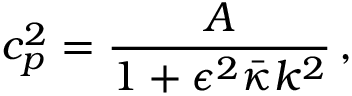
c _ { p } ^ { 2 } = { \frac { A } { 1 + \epsilon ^ { 2 } \bar { \kappa } k ^ { 2 } } } \, ,